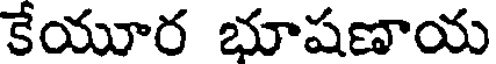
కేయూర భూషణాయ